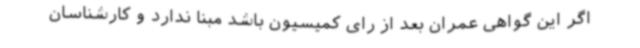
اگر این گواهی عمران بعد از رای کمیسیون باشد مبنا ندارد و کارشناسان